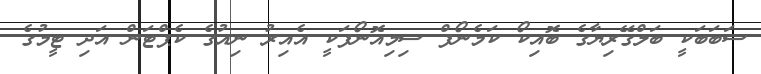
ސަބަބަކީ ބަލްގޭރިޔާގެ ބޮއިކޯ ކަމެނޯފް ސިމިއޮނޯފަކީ އެއިރު ނިއުގެ ކެޕްޓަން އަދި ޓީމުގެ